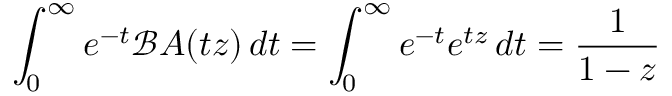
\int _ { 0 } ^ { \infty } e ^ { - t } { \mathcal { B } } A ( t z ) \, d t = \int _ { 0 } ^ { \infty } e ^ { - t } e ^ { t z } \, d t = { \frac { 1 } { 1 - z } }